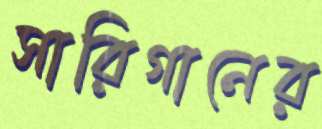
সারিগানের